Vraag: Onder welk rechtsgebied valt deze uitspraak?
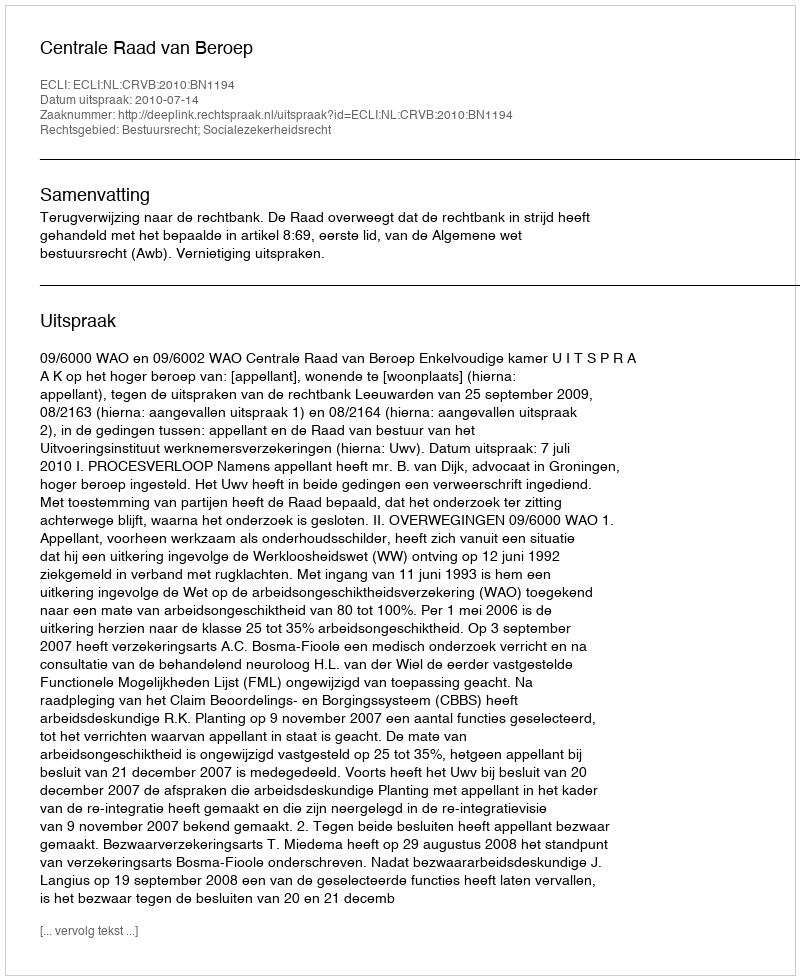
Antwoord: Bestuursrecht; Socialezekerheidsrecht